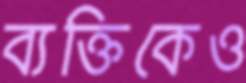
ব্যক্তিকেও